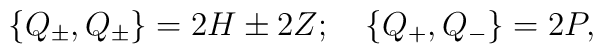
\left\{ Q_\pm, Q_\pm \right\}=2H\pm 2Z;\quad\left\{ Q_+,Q_-\right\}=2P,